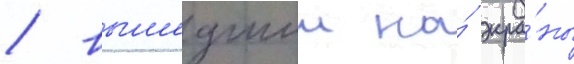
/ вышедшии на́ экра́ны